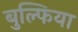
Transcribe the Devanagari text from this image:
बुल्फिया